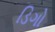
ડિગો